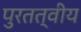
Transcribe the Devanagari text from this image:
पुरतत्वीय